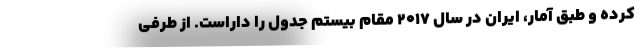
کرده و طبق آمار، ایران در سال ۲۰۱۷ مقام بیستم جدول را داراست. از طرفی